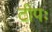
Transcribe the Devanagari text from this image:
टीपः